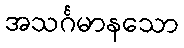
အသင်္ဂမာနသော